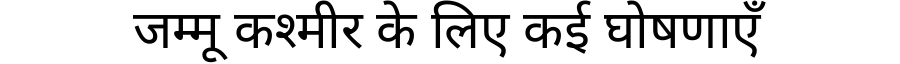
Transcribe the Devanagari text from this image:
जम्मू कश्मीर के लिए कई घोषणाएँ